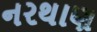
નરથાણ